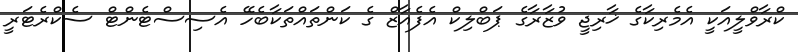
ކްރާވްލީއަކީ އެމެރިކާގެ ޚާރިޖީ ވުޒާރާގެ ޕަބްލިކް އެފެއާޒް ގެ ކަންތައްތަކާބެހޭ އެސިސްޓެންޓް ސެކްރެޓަރީ